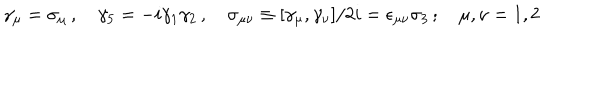
\gamma _ { \mu } = \sigma _ { \mu } \, , \quad \gamma _ { 5 } = - i \gamma _ { 1 } \gamma _ { 2 } \, , \quad \sigma _ { \mu \nu } \equiv [ \gamma _ { \mu } , \gamma _ { \nu } ] / 2 i = \epsilon _ { \mu \nu } \sigma _ { 3 } \, ; \quad \mu , \nu = 1 , 2